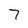
Character: 7